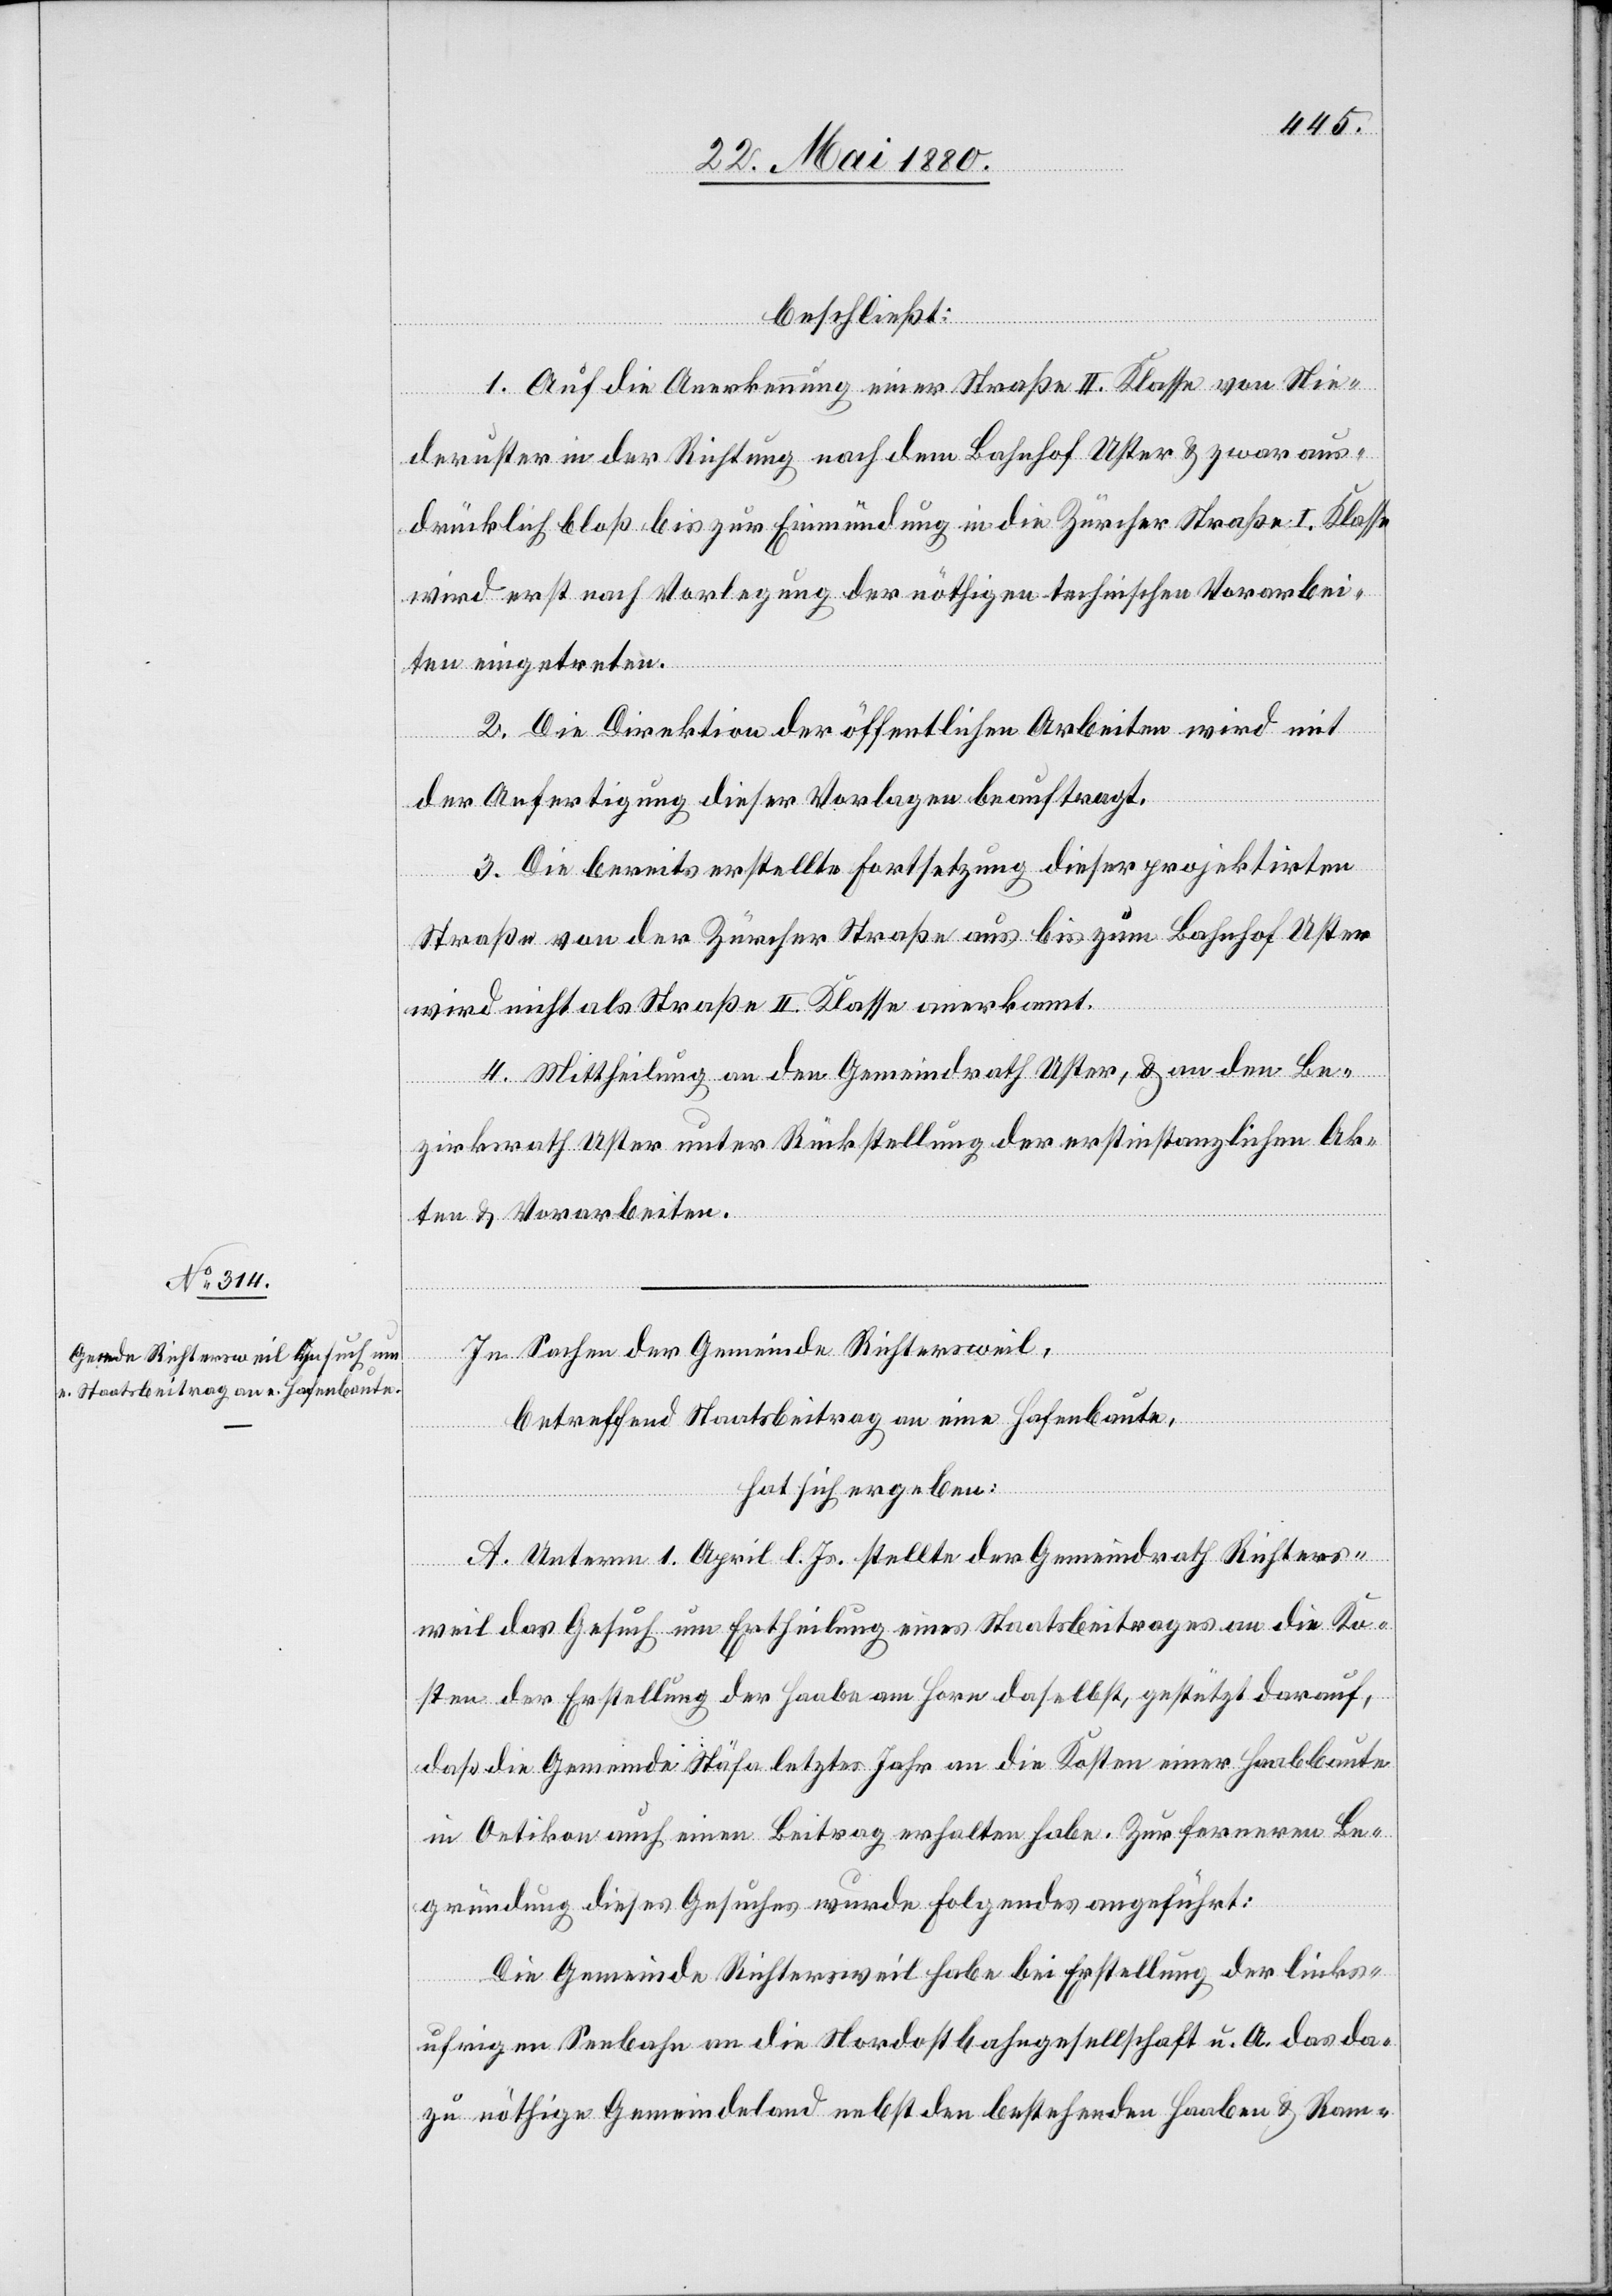
beschließt:
1. Auf die Anerkennung einer Straße II. Klasse von Nie¬
deruster in der Richtung nach dem Bahnhof Uster & zwar aus¬
drücklich bloß bis zur Einmündung in die Zürcher Straße I. Klasse
wird erst nach Vorlegung der nöthigen technischen Vorarbei¬
ten eingetreten.
2. Die Direktion der öffentlichen Arbeiten wird mit
der Anfertigung dieser Vorlagen beauftragt.
3. Die bereits erstellte Fortsetzung dieser projektirten
Straße von der Zürcher Straße aus bis zum Bahnhof Uster
wird nicht als Straße II. Klasse anerkannt.
4. Mittheilung an den Gemeindrath Uster, & an den Be¬
zirksrath Uster unter Rückstellung der erstinstanzlichen Ak¬
ten & Vorarbeiten.
In Sachen der Gemeinde Richtersweil,
betreffend Staatsbeitrag an eine Hafenbaute,
hat sich ergeben:
A. Unterm 1. April l. Js. stellte der Gemeindrath Richters¬
weil das Gesuch um Ertheilung eines Staatsbeitrages an die Ko¬
sten der Erstellung der Haabe am Horn daselbst, gestützt darauf,
daß die Gemeinde Stäfa letztes Jahr an die Kosten einer Haabbaute
in Oetikon auch einen Beitrag erhalten habe. Zur fernern Be¬
gründung dieses Gesuches wurde Folgendes angeführt:
Die Gemeinde Richtersweil habe bei Erstellung der links¬
ufrigen Seebahn an die Nordostbahngesellschaft u. A. das da¬
zu nöthige Gemeindeland nebst den bestehenden Haaben & Ram-